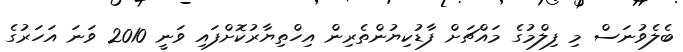
ބެލެވުނަސް މި ފިލްމުގެ މައްޗަށް ފާޑުކިޔުންތެރިން އިހްތިޔާރުކޮށްފައި ވަނީ 2010 ވަނަ އަހަރުގެ